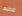
مرضها